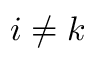
i \neq k